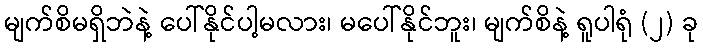
မျက်စိမရှိဘဲနဲ့ ပေါ်နိုင်ပါ့မလား၊ မပေါ်နိုင်ဘူး၊ မျက်စိနဲ့ ရူပါရုံ (၂) ခု